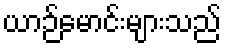
ယာဉ်မောင်းများသည်